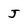
Character: J